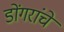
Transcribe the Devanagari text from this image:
डोंगरांचे